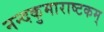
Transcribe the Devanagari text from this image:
नन्दकुमाराष्टकम्